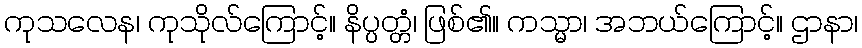
ကုသလေန၊ ကုသိုလ်ကြောင့်။ နိပ္ပတ္တံ၊ ဖြစ်၏။ ကသ္မာ၊ အဘယ်ကြောင့်။ ဌာနာ၊